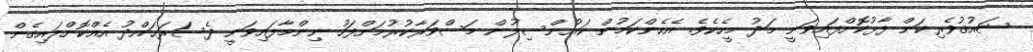
ޝައުޤުވެރިކަން ފާޅުކޮށްފައިވަނީ މަދު މީހެކެވެ. އެހެންކަމުން ކައުންސިލުން މަސްވަރާކުރުމަށްފަހު ނިންމާފައިވަނީ ދެސަރަޙައްދު އެއްކޮށްލައިގެން